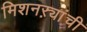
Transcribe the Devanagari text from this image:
मिशनऱ्यांची